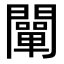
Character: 闡